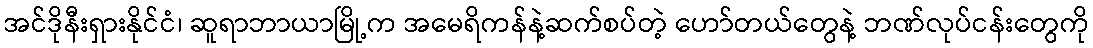
အင်ဒိုနီးရှားနိုင်ငံ၊ ဆူရာဘာယာမြို့က အမေရိကန်နဲ့ဆက်စပ်တဲ့ ဟော်တယ်တွေနဲ့ ဘဏ်လုပ်ငန်းတွေကို